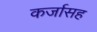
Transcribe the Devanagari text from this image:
कर्जासह